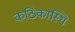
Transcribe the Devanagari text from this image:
कठिकास्थि